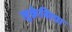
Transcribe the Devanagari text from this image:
लुक्रेसिया